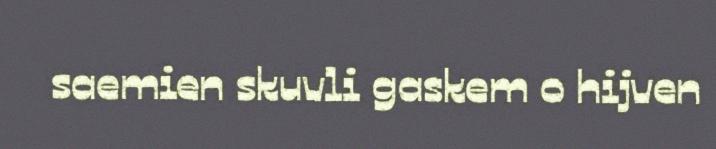
saemien skuvli gaskem o hijven